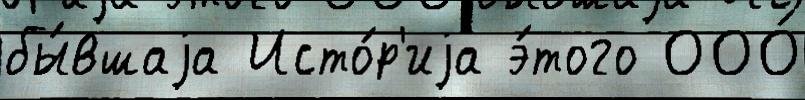
бы́вшаjа Исто́р'иjа э́того ООО́